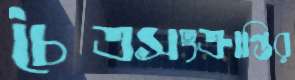
চৈত্রসংক্রান্তির